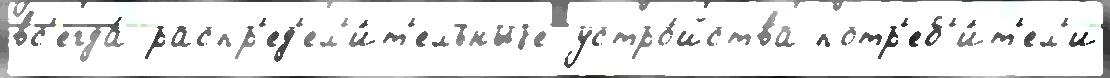
вс'егда́ распр'ед'ел'и́т'ельныjе устро́йства потр'еб'и́т'ел'и